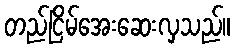
တည်ငြိမ်အေးဆေးလှသည်။